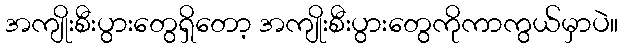
အကျိုးစီးပွားတွေရှိတော့ အကျိုးစီးပွားတွေကိုကာကွယ်မှာပဲ။